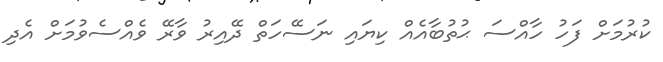
ކުރުމަށް ފަހު ހާއްސަ ޙުތުބާއެއް ކިޔައި ނަސޭހަތް ދޭއިރު ވާރޭ ވެއްސެވުމަށް އެދި